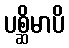
ပစ္ဆိမာပိ